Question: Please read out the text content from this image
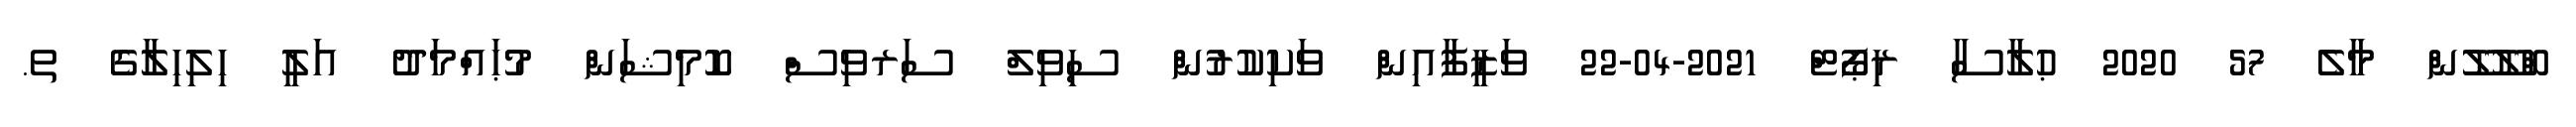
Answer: ބްލޫލޫން މާލެ 57 2020 ޙުލާސާ ރިޕޯޓް 2021-04-22 ވަޒީފާއިން ވަކިކުރުން ސިވިލް ސަރވިސް ކޮމިޝަން މުޙައްމަދު އަލީ ހިލިހިލާގެ ތ.